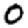
Digit: 0